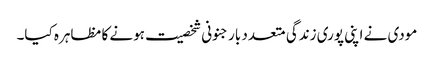
مودی نے اپنی پوری زندگی متعدد بار جنونی شخصیت ہونے کا مظاہرہ کیا۔